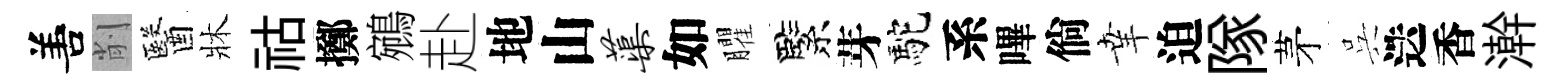
𠵊削醫牀祜擲鵷赴地山蕖如臞緊芽駝系嗶倘𦍒迫隊茅呉迭香澣